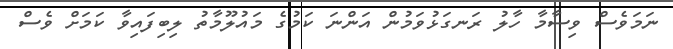
ނަމަވެސް ވިސާމާ ހާލު ރަނގަޅުވަމުން އަންނަ ކަމުގެ މައުލޫމާތު ލިބިފައިވާ ކަމަށް ވެސް